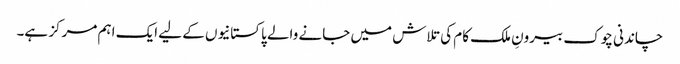
چاندنی چوک بیرونِ ملک کام کی تلاش میں جانے والے پاکستانیوں کے لیے ایک اہم مرکز ہے۔